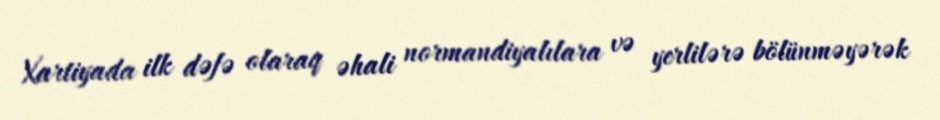
Xartiyada ilk dəfə olaraq əhali normandiyalılara və yerlilərə bölünməyərək